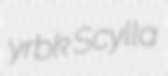
yrbk Scylla